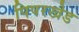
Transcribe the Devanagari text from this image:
पिपरखेड